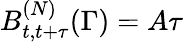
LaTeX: B_{t,t+\tau}^{(N)}(\Gamma)=A\tau